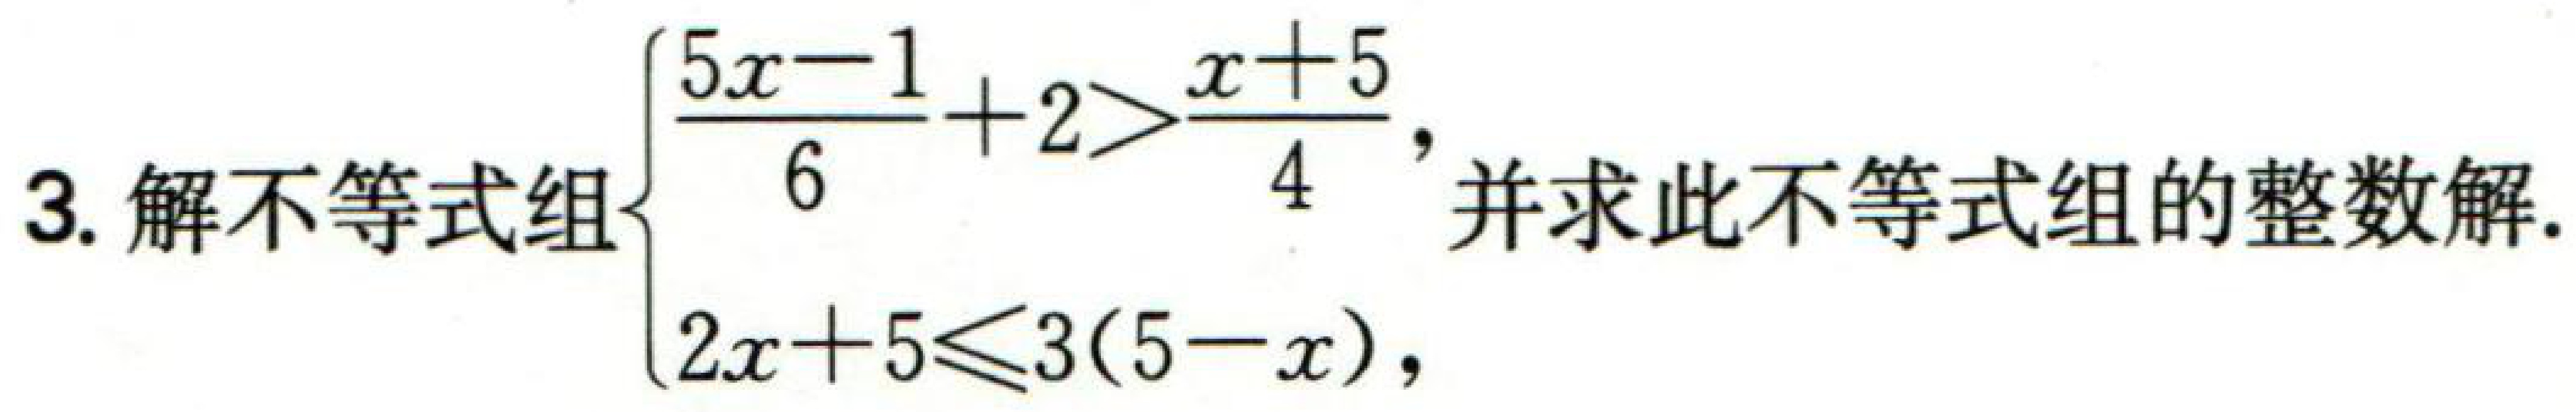
解不等式组\(\begin{cases}\dfrac{5x - 1}{6}+2>\dfrac{x + 5}{4}\\2x + 5\leqslant3(5 - x)\end{cases}\)，并求此不等式组的整数解.